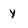
Character: y